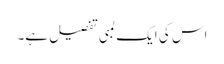
اس کی ایک لمبی تفصیل ہے۔